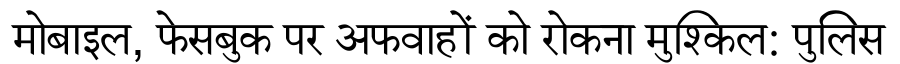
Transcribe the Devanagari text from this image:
मोबाइल, फेसबुक पर अफवाहों को रोकना मुश्किल: पुलिस